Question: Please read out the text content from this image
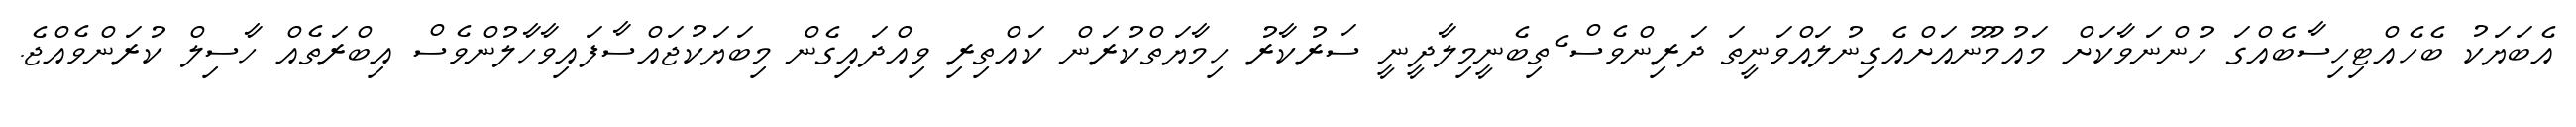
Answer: އެބަޔަކު ބެހެއްޓިހިސާބެއްގަ ހުންނަވާކަށް މައުމޫނުއަށްއެގިނުލައްވަނީތަ ދަރިންވެސް ެތިބެނީމިލާދީނީ ސަރުކާރު ހިމާޔަތްކުރަން ކައްތިރި ވިއްދައިގެން މިބަޔަކުޖައްސާފައިވާހާލުންވެސް އިބްރަތެއް ހާސިލް ކުރަންވެއްޖެ.